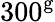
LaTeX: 300^{\mathrm{g}}